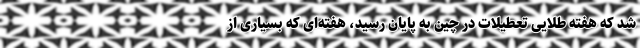
شد که هفته طلایی تعطیلات در چین به پایان رسید، هفته‌ای که بسیاری از